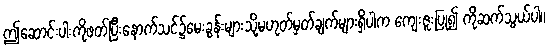
ဤဆောင်းပါးကိုဖတ်ပြီးနောက်သင်၌မေးခွန်းများသို့မဟုတ်မှတ်ချက်များရှိပါက ကျေးဇူးပြု၍ ကိုဆက်သွယ်ပါ။